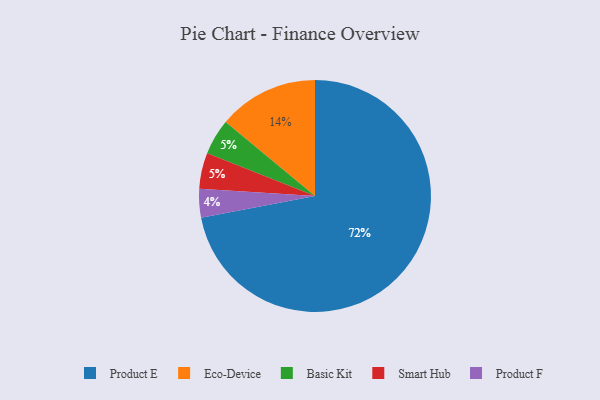
{"axis": {"x": "Category", "y": "Percentage"}, "legend": ["Basic Kit", "Eco-Device", "Product E", "Product F", "Smart Hub"], "data": [{"x": "Product F", "y": 4, "type": "Product F"}, {"x": "Basic Kit", "y": 5, "type": "Basic Kit"}, {"x": "Product E", "y": 72, "type": "Product E"}, {"x": "Smart Hub", "y": 5, "type": "Smart Hub"}, {"x": "Eco-Device", "y": 14, "type": "Eco-Device"}]}